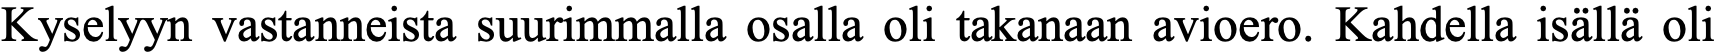
Kyselyyn vastanneista suurimmalla osalla oli takanaan avioero. Kahdella isällä oli